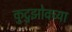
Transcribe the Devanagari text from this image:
कुटुझोवच्या